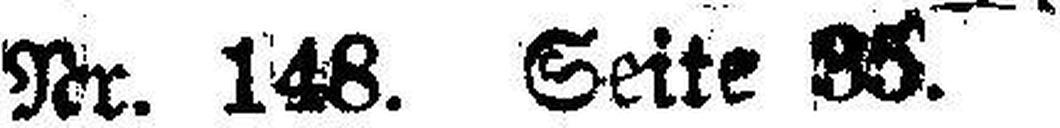
Nr. 148. Seite 35.